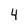
Character: 4